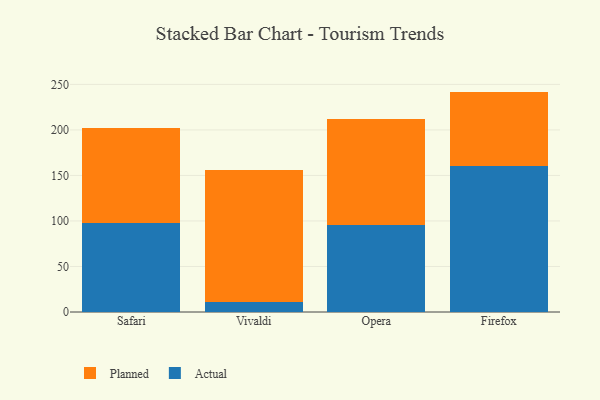
{"axis": {"x": "Browser", "y": "Bounce Rate (%)"}, "legend": ["Actual", "Planned"], "data": [{"x": "Safari", "y": 98.1, "type": "Actual"}, {"x": "Safari", "y": 104.4, "type": "Planned"}, {"x": "Vivaldi", "y": 10.5, "type": "Actual"}, {"x": "Vivaldi", "y": 145.4, "type": "Planned"}, {"x": "Opera", "y": 96.0, "type": "Actual"}, {"x": "Opera", "y": 116.0, "type": "Planned"}, {"x": "Firefox", "y": 160.8, "type": "Actual"}, {"x": "Firefox", "y": 81.3, "type": "Planned"}]}